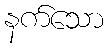
နက်သော